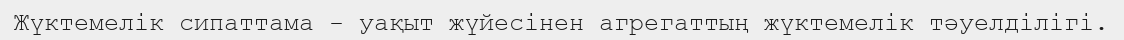
Жүктемелік сипаттама - уақыт жүйесінен агрегаттың жүктемелік тәуелділігі.